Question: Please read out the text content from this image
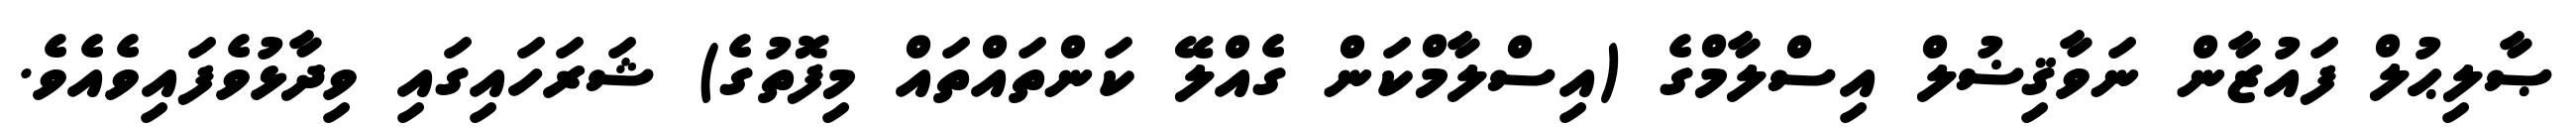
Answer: ޞާލިޙުލް ފައުޒާން ނަވާޤިޟުލް އިސްލާމްގެ (އިސްލާމްކަން ގެއްލޭ ކަންތައްތައް މިފޮތުގެ) ޝަރަހައިގައި ވިދާޅުވެފައިވެއެވެ.